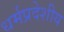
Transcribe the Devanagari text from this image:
धर्मप्रदेशीय